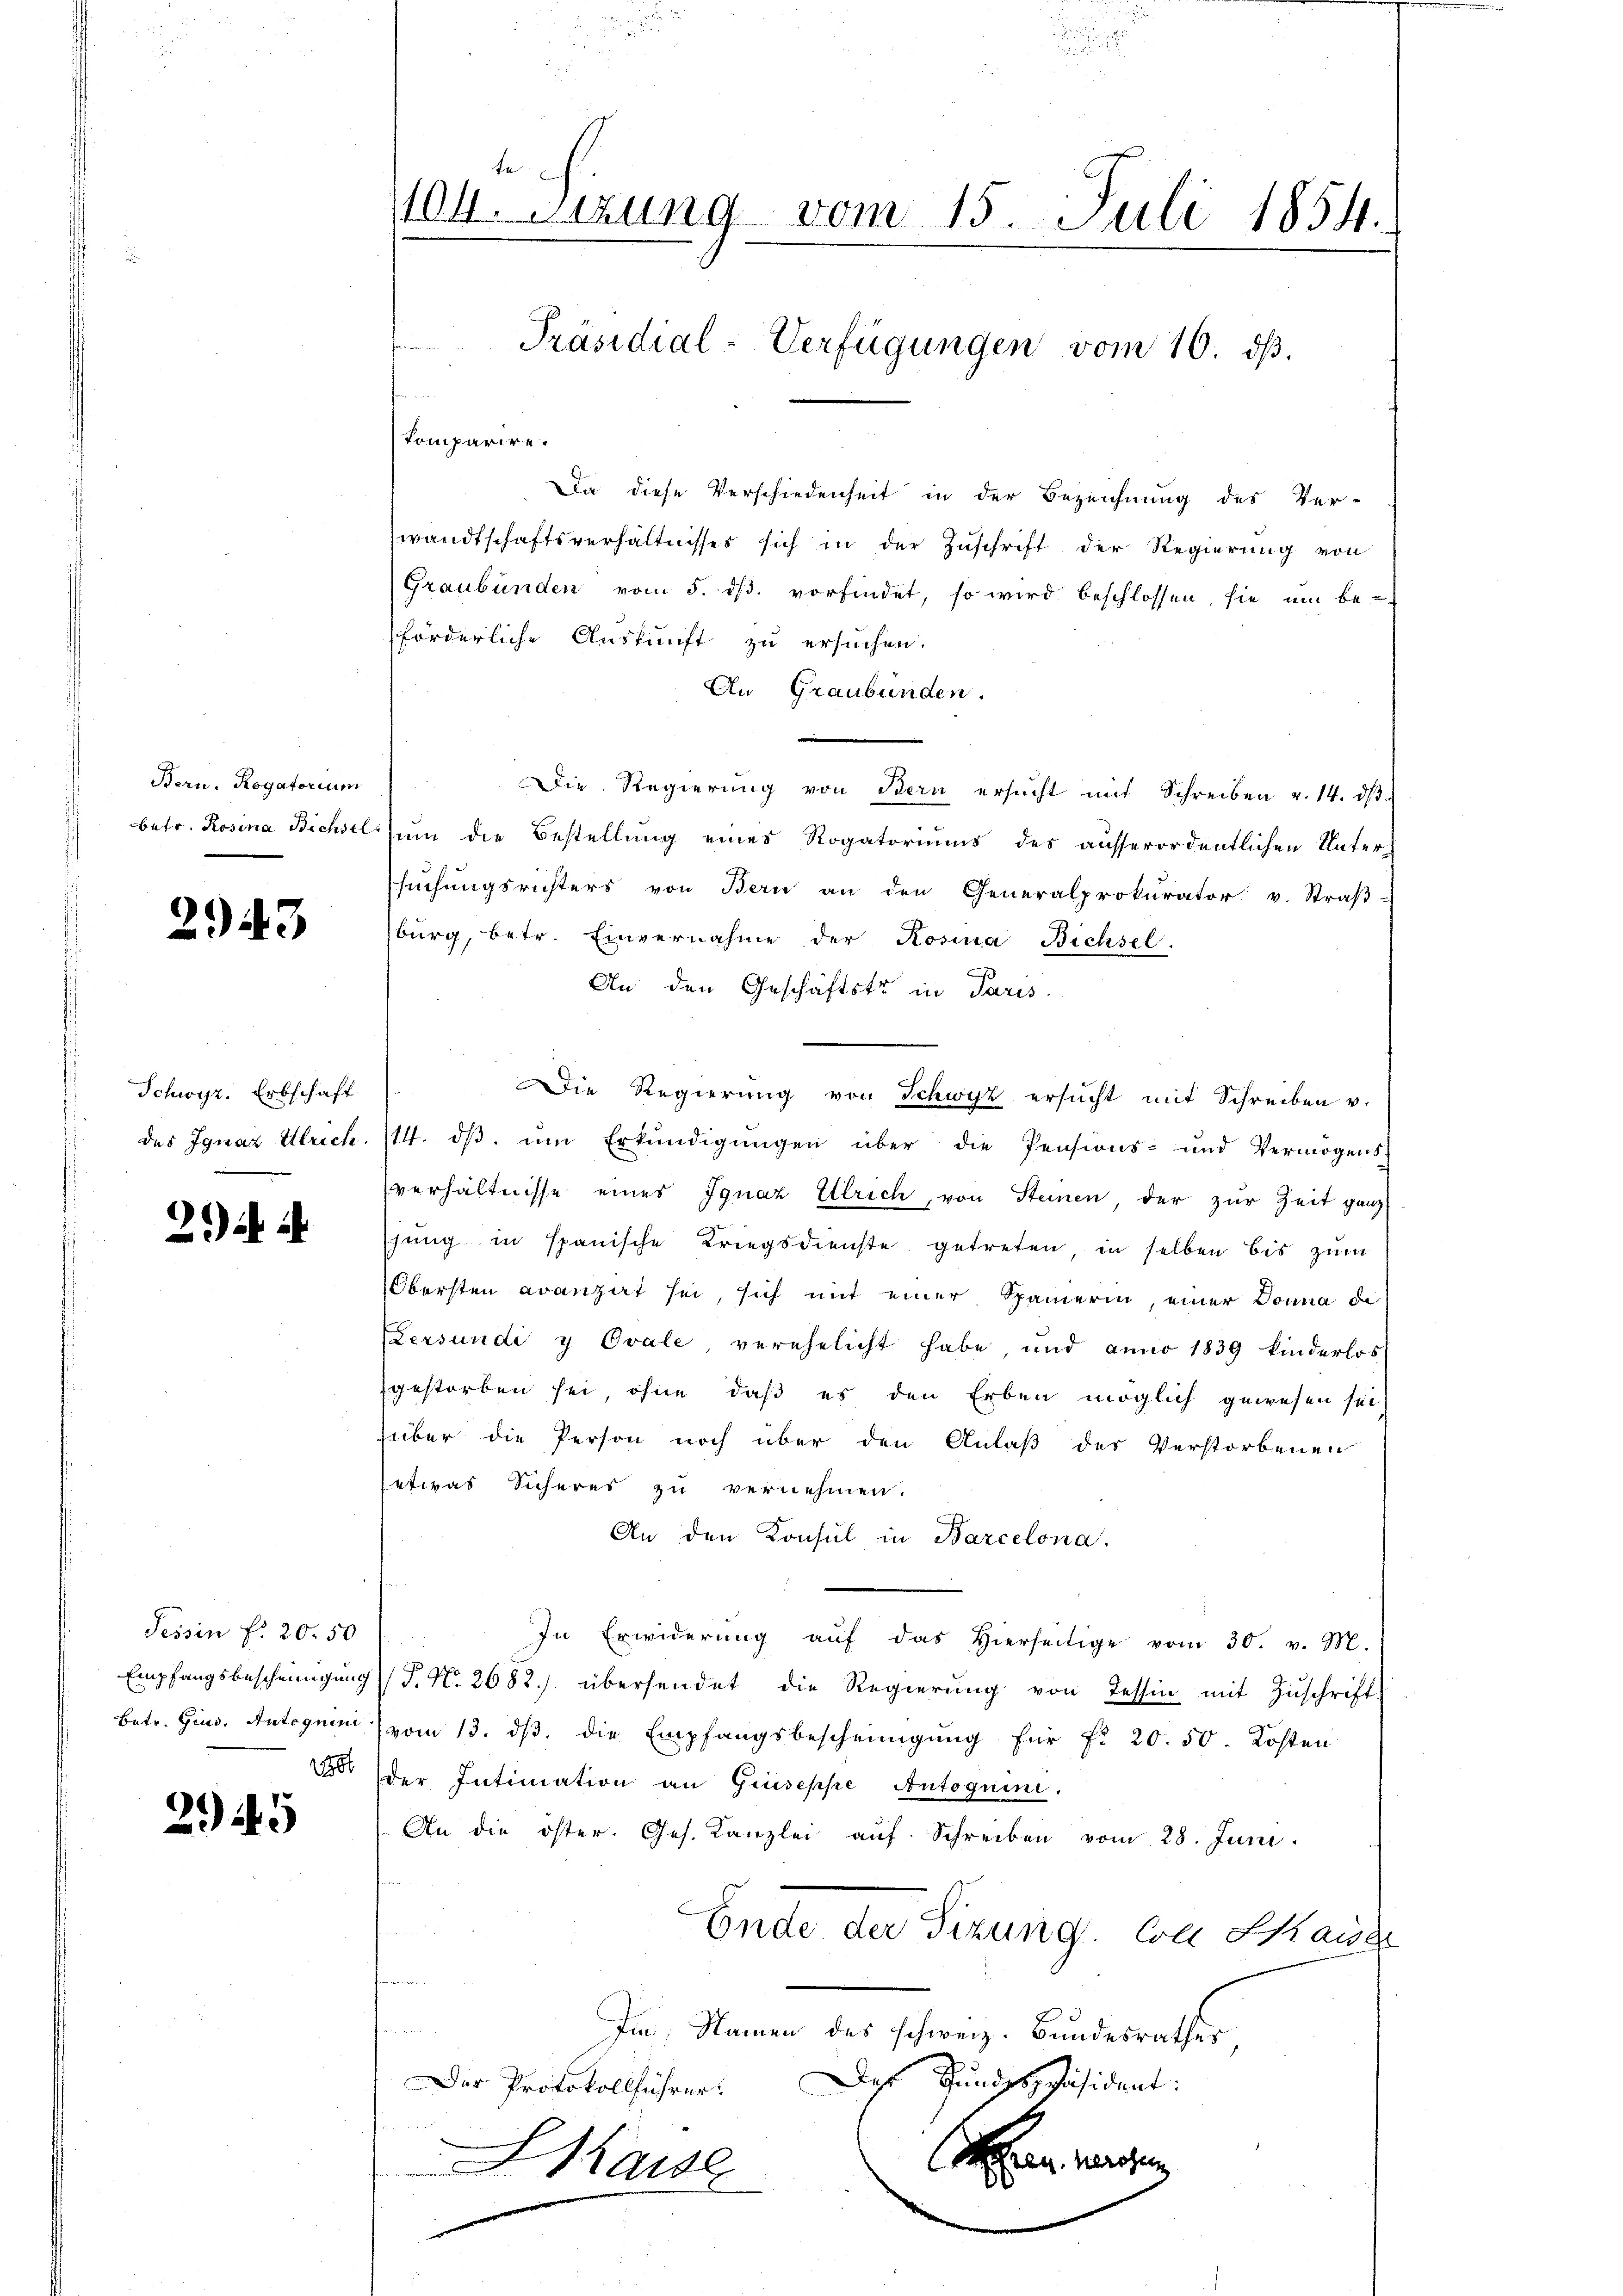
Bern. Rogatorium

2943

Schwyz. Erbschaft

29) u. i

Tessin f. 20. 50

25

te
104. Setzung vom 15. Juli 1854.
Präsidial-Verfügungen vom 10. dβ.

Da diese Verschiedenheit in der Bezeichnung des Ver-
wandtschaftsverhältnisses sich in der Zŭschrift der Regierŭng von
Graubünden vom 5. dβ. vorfindet, so wird beschlossen, sie um be-
förderliche Auskunft zu ersuchen.
An Graubünden.
Die Regierung von Bern ersŭcht mit Schreiben v. 14. dβ
betr. Rosina Bichsel zum die Bestellung eines Rogatoriums des ausserordentlichen Untersŭchŭngsrichters von Bern an den Generalprokurator v. Straβ-
burg, betr. Einvernahme der Rosina Bichsel.
¬
An den Geschäftster in Paris
Die Regierung von Schwyz ersucht mit Schreiben v.
des Ignaz Ulrich. 114. dβ. um Erkundigungen über die Pensions- und Vermögens-
verhältnisse eines Ignaz Ulrich, von Steinen, der zur Zeit ganz
hung in spanische Kriegsdienste getreten, in selben bis zum
Obersten avanzert sei, sich mit einer Spanierin, einer Donna de
ersundi y Ovale, verehelicht habe, und anno 1839 kinderlos
gestorben sei, ohne daß es den Erben möglich gewesen sei
süber die Person noch über den Anlaß des Verstorbenen
etwas Sicheres zu vernehmen.
An den Konsul in Barcelona.
In Erwiderŭng aŭf das hierseitige vom 30. v. M.
Empfangsbescheinigŭng (T. N. 2682) übersendet die Regierŭng von Tessin mit Zŭschrift
Betr. Gins. Antoguen vom 13. dβ die Empfangsbescheinigung für fr. 20. 50. Kosten
188
der Intimation an Giuseppe Autoguini.
An die öster. Ges. Kanzlei aŭf Schreiben vom 28. Juni:
Ende der Sizung, von Skaise
d
e
Im Namen des schweiz. Bundesrathes,
Das Fundgeppäsident:
Der Protokollführer:
S
Hause
e
e

komparire.